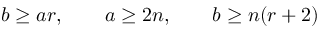
b \geq a r , \qquad a \geq 2 n , \qquad b \geq n ( r + 2 )